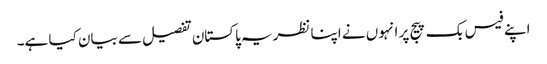
اپنے فیس بک پیج پر انہوں نے اپنا نظریہ پاکستان تفصیل سے بیان کیا ہے۔